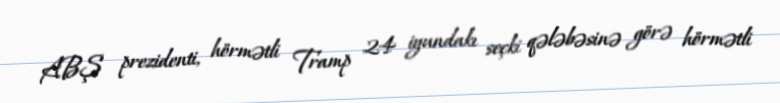
ABŞ prezidenti, hörmətli Tramp 24 iyundakı seçki qələbəsinə görə hörmətli